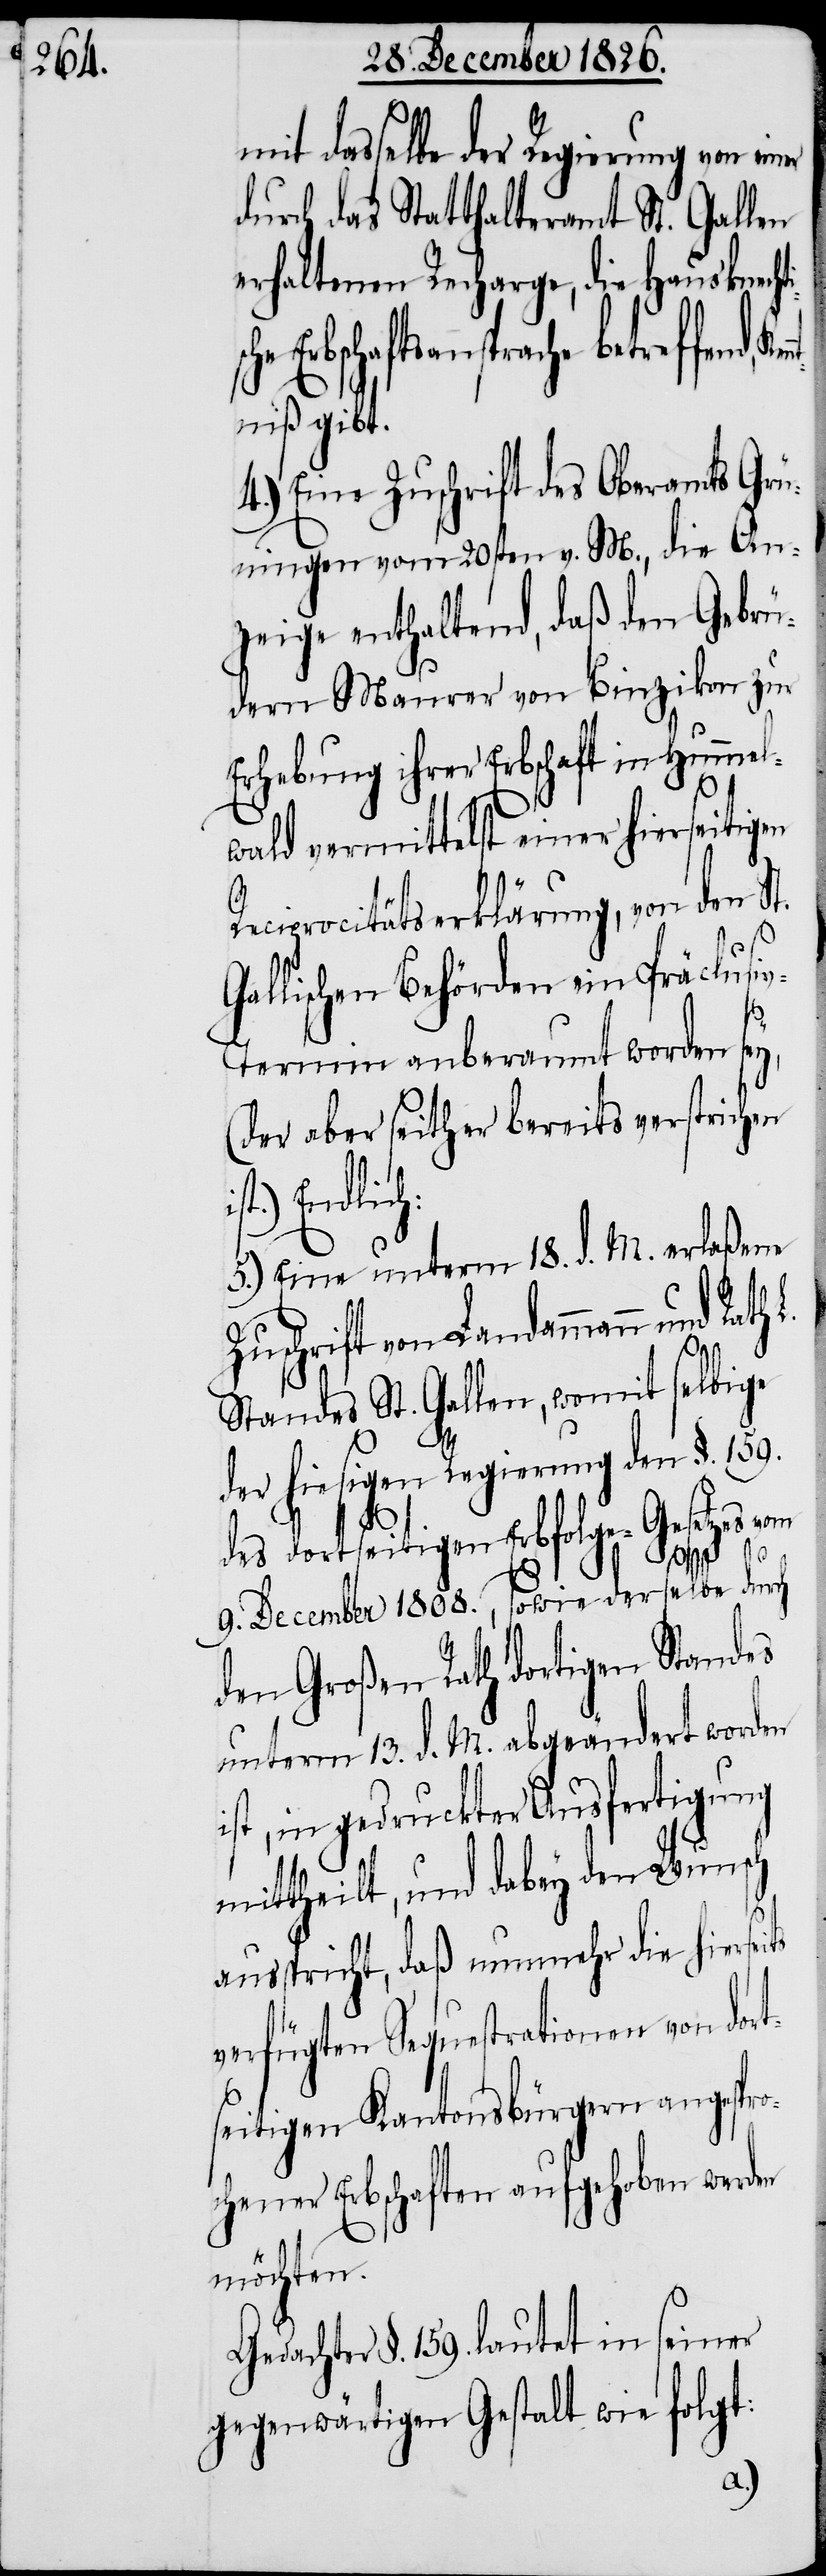
ische

mit dasselbe der Regierung von ein¬
durch das Statthalteramt St. Gallen
erhaltenen Recharge, die Hausknecht¬
Sequestrationen von dort¬
niß gibt.
4.) Eine Zuschrift des Oberamts Grü¬
ningen vom 20sten v. M., die An¬
zeige enthaltend, daß den Gebrü¬
dern Maurer von Binzikon zur
Erhebung ihrer Erbschaft in Hummel¬
wald vermittelst einer hierseitigen
Reciprocitätserklärung, von den St.
llischen Behörden ein Präclusi¬
ts
v-Termin anberaumt worden sey,
(der aber seither bereits verstrichen
Endlich:
5.) Eine unterm 18. d. M. erlaßene
Zuschrift von Landammann und Rath
Standes St. Gallen, womit selbige
der hiesigen Regierung den §. 159.
des dortseitigen Erbfolge-Gesetzes vom
9. December 1808., sowie derselbe durch
den Großen Rath dortigen Standes
unterm 13. d. M. abgeändert worden
st, in gedruckter Ausfertigung
mittheilt, und dabey den Wunsch
ausspricht, daß nunmehr die hiersei¬
seitigen Kantonsbürgern angespro¬
chener Erbschaften aufgehoben werden
möchten.
Gedachter §. 159. lautet in seiner
gegenwärtigen Gestalt wie folgt: